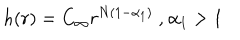
h ( r ) = C _ { \infty } r ^ { N ( 1 - \alpha _ { 1 } ) } \mathrm { ~ , ~ } \alpha _ { 1 } > 1